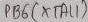
Text: PB6(XTAL1)